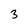
Character: 3